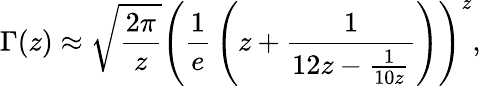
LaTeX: \Gamma(z)\approx{\sqrt{\frac{2\pi}{z}}}\left({\frac{1}{e}}\left(z+{\frac{1}{12z-{\frac{1}{10z}}}}\right)\right)^{z},